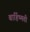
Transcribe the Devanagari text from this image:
बार्हिष्मती